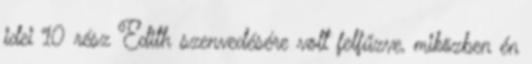
idei 10 rész Edith szenvedésére volt felfűzve, miközben én